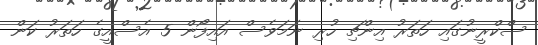
ސްކްރީނުގައި ހަތަރު އިންޗި ހުރި ނަމަވެސް އައިފޯން 5 އެސްއީގެ ހަތަރު ކަން